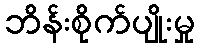
ဘိန်းစိုက်ပျိုးမှု